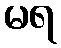
မရ